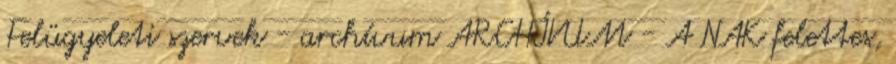
Felügyeleti szervek - archívum ARCHÍVUM - A NAK felettes,